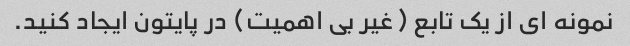
نمونه ای از یک تابع (غیر بی اهمیت) در پایتون ایجاد کنید.